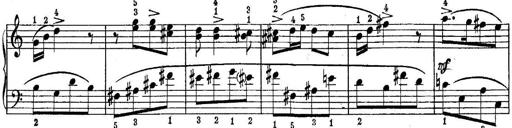
Title: Piano Sonatina No.1 in C major
Composer: Tadeusz Joteyko
Key: C major